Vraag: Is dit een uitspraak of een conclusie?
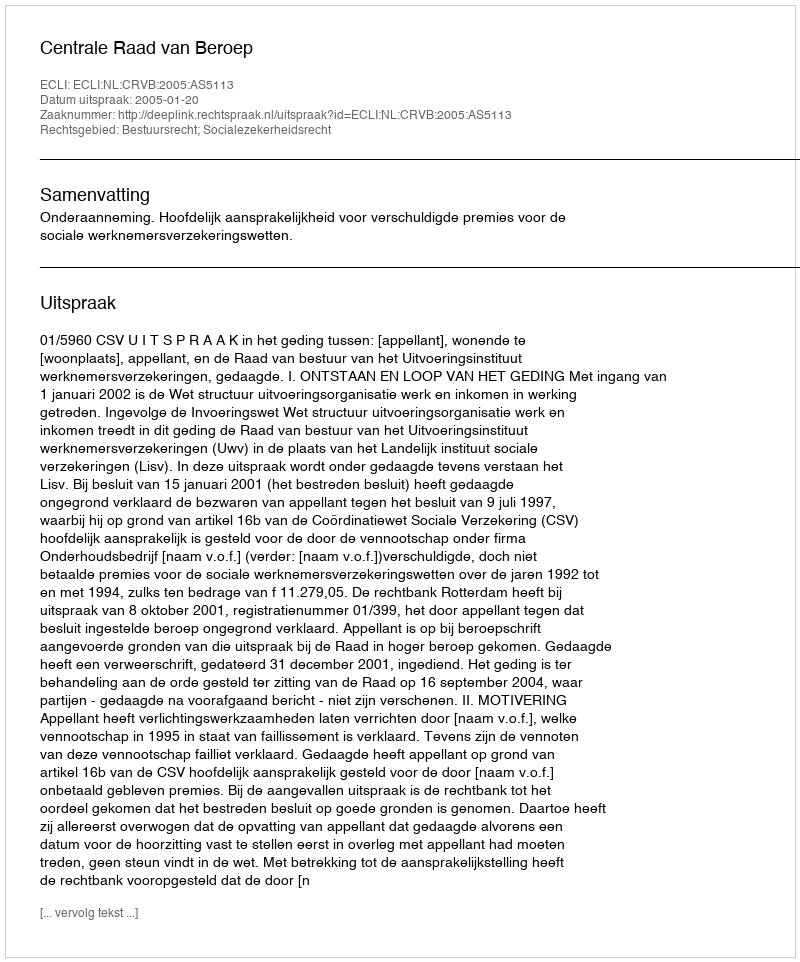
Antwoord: Uitspraak